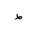
Letter: _da